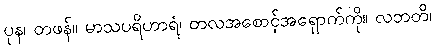
ပုန၊ တဖန်။ မာသပရိဟာရံ၊ တလအစောင့်အရှောက်ကို။ လဘတိ၊